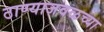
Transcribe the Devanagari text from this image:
ठाण्याजवळच्या